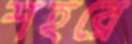
শহরে